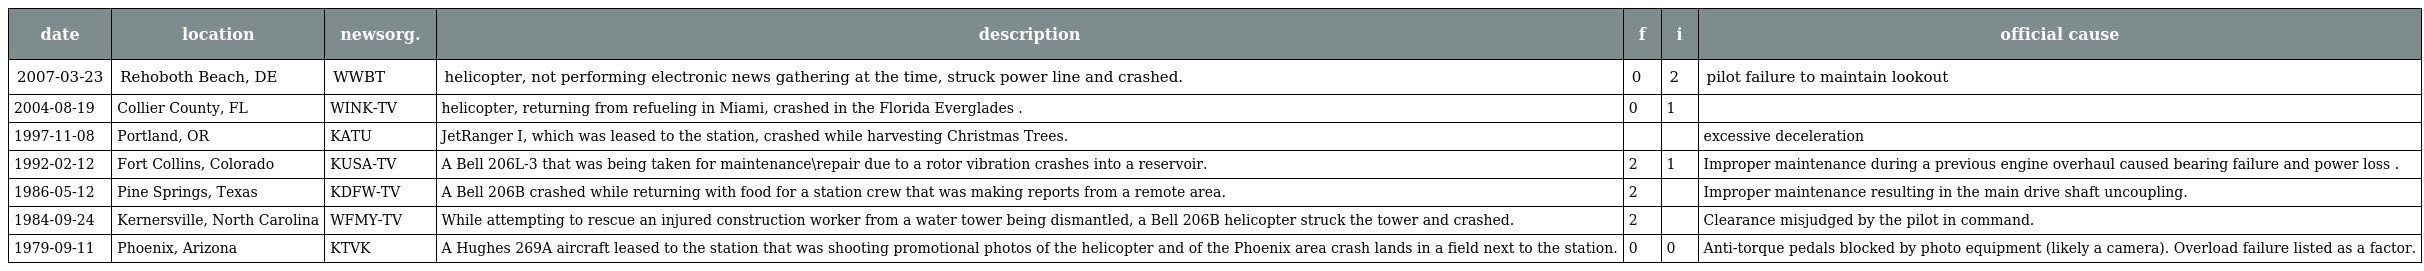
| date | location | newsorg. | description | f | i | official cause |
 | --- | --- | --- | --- | --- | --- | --- |
 | 2007-03-23 | Rehoboth Beach, DE | WWBT | helicopter, not performing electronic news gathering at the time, struck power line and crashed. | 0 | 2 | pilot failure to maintain lookout |
 | 2004-08-19 | Collier County, FL | WINK-TV | helicopter, returning from refueling in Miami, crashed in the Florida Everglades . | 0 | 1 |  |
 | 1997-11-08 | Portland, OR | KATU | JetRanger I, which was leased to the station, crashed while harvesting Christmas Trees. |  |  | excessive deceleration |
 | 1992-02-12 | Fort Collins, Colorado | KUSA-TV | A Bell 206L-3 that was being taken for maintenance\repair due to a rotor vibration crashes into a reservoir. | 2 | 1 | Improper maintenance during a previous engine overhaul caused bearing failure and power loss . |
 | 1986-05-12 | Pine Springs, Texas | KDFW-TV | A Bell 206B crashed while returning with food for a station crew that was making reports from a remote area. | 2 |  | Improper maintenance resulting in the main drive shaft uncoupling. |
 | 1984-09-24 | Kernersville, North Carolina | WFMY-TV | While attempting to rescue an injured construction worker from a water tower being dismantled, a Bell 206B helicopter struck the tower and crashed. | 2 |  | Clearance misjudged by the pilot in command. |
 | 1979-09-11 | Phoenix, Arizona | KTVK | A Hughes 269A aircraft leased to the station that was shooting promotional photos of the helicopter and of the Phoenix area crash lands in a field next to the station. | 0 | 0 | Anti-torque pedals blocked by photo equipment (likely a camera). Overload failure listed as a factor. |